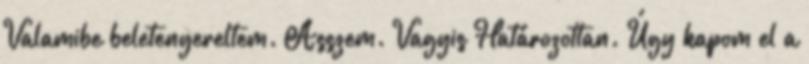
Valamibe beletenyereltem. Asszem. Vagyis Határozottan. Úgy kapom el a